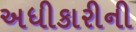
અધીકારીની